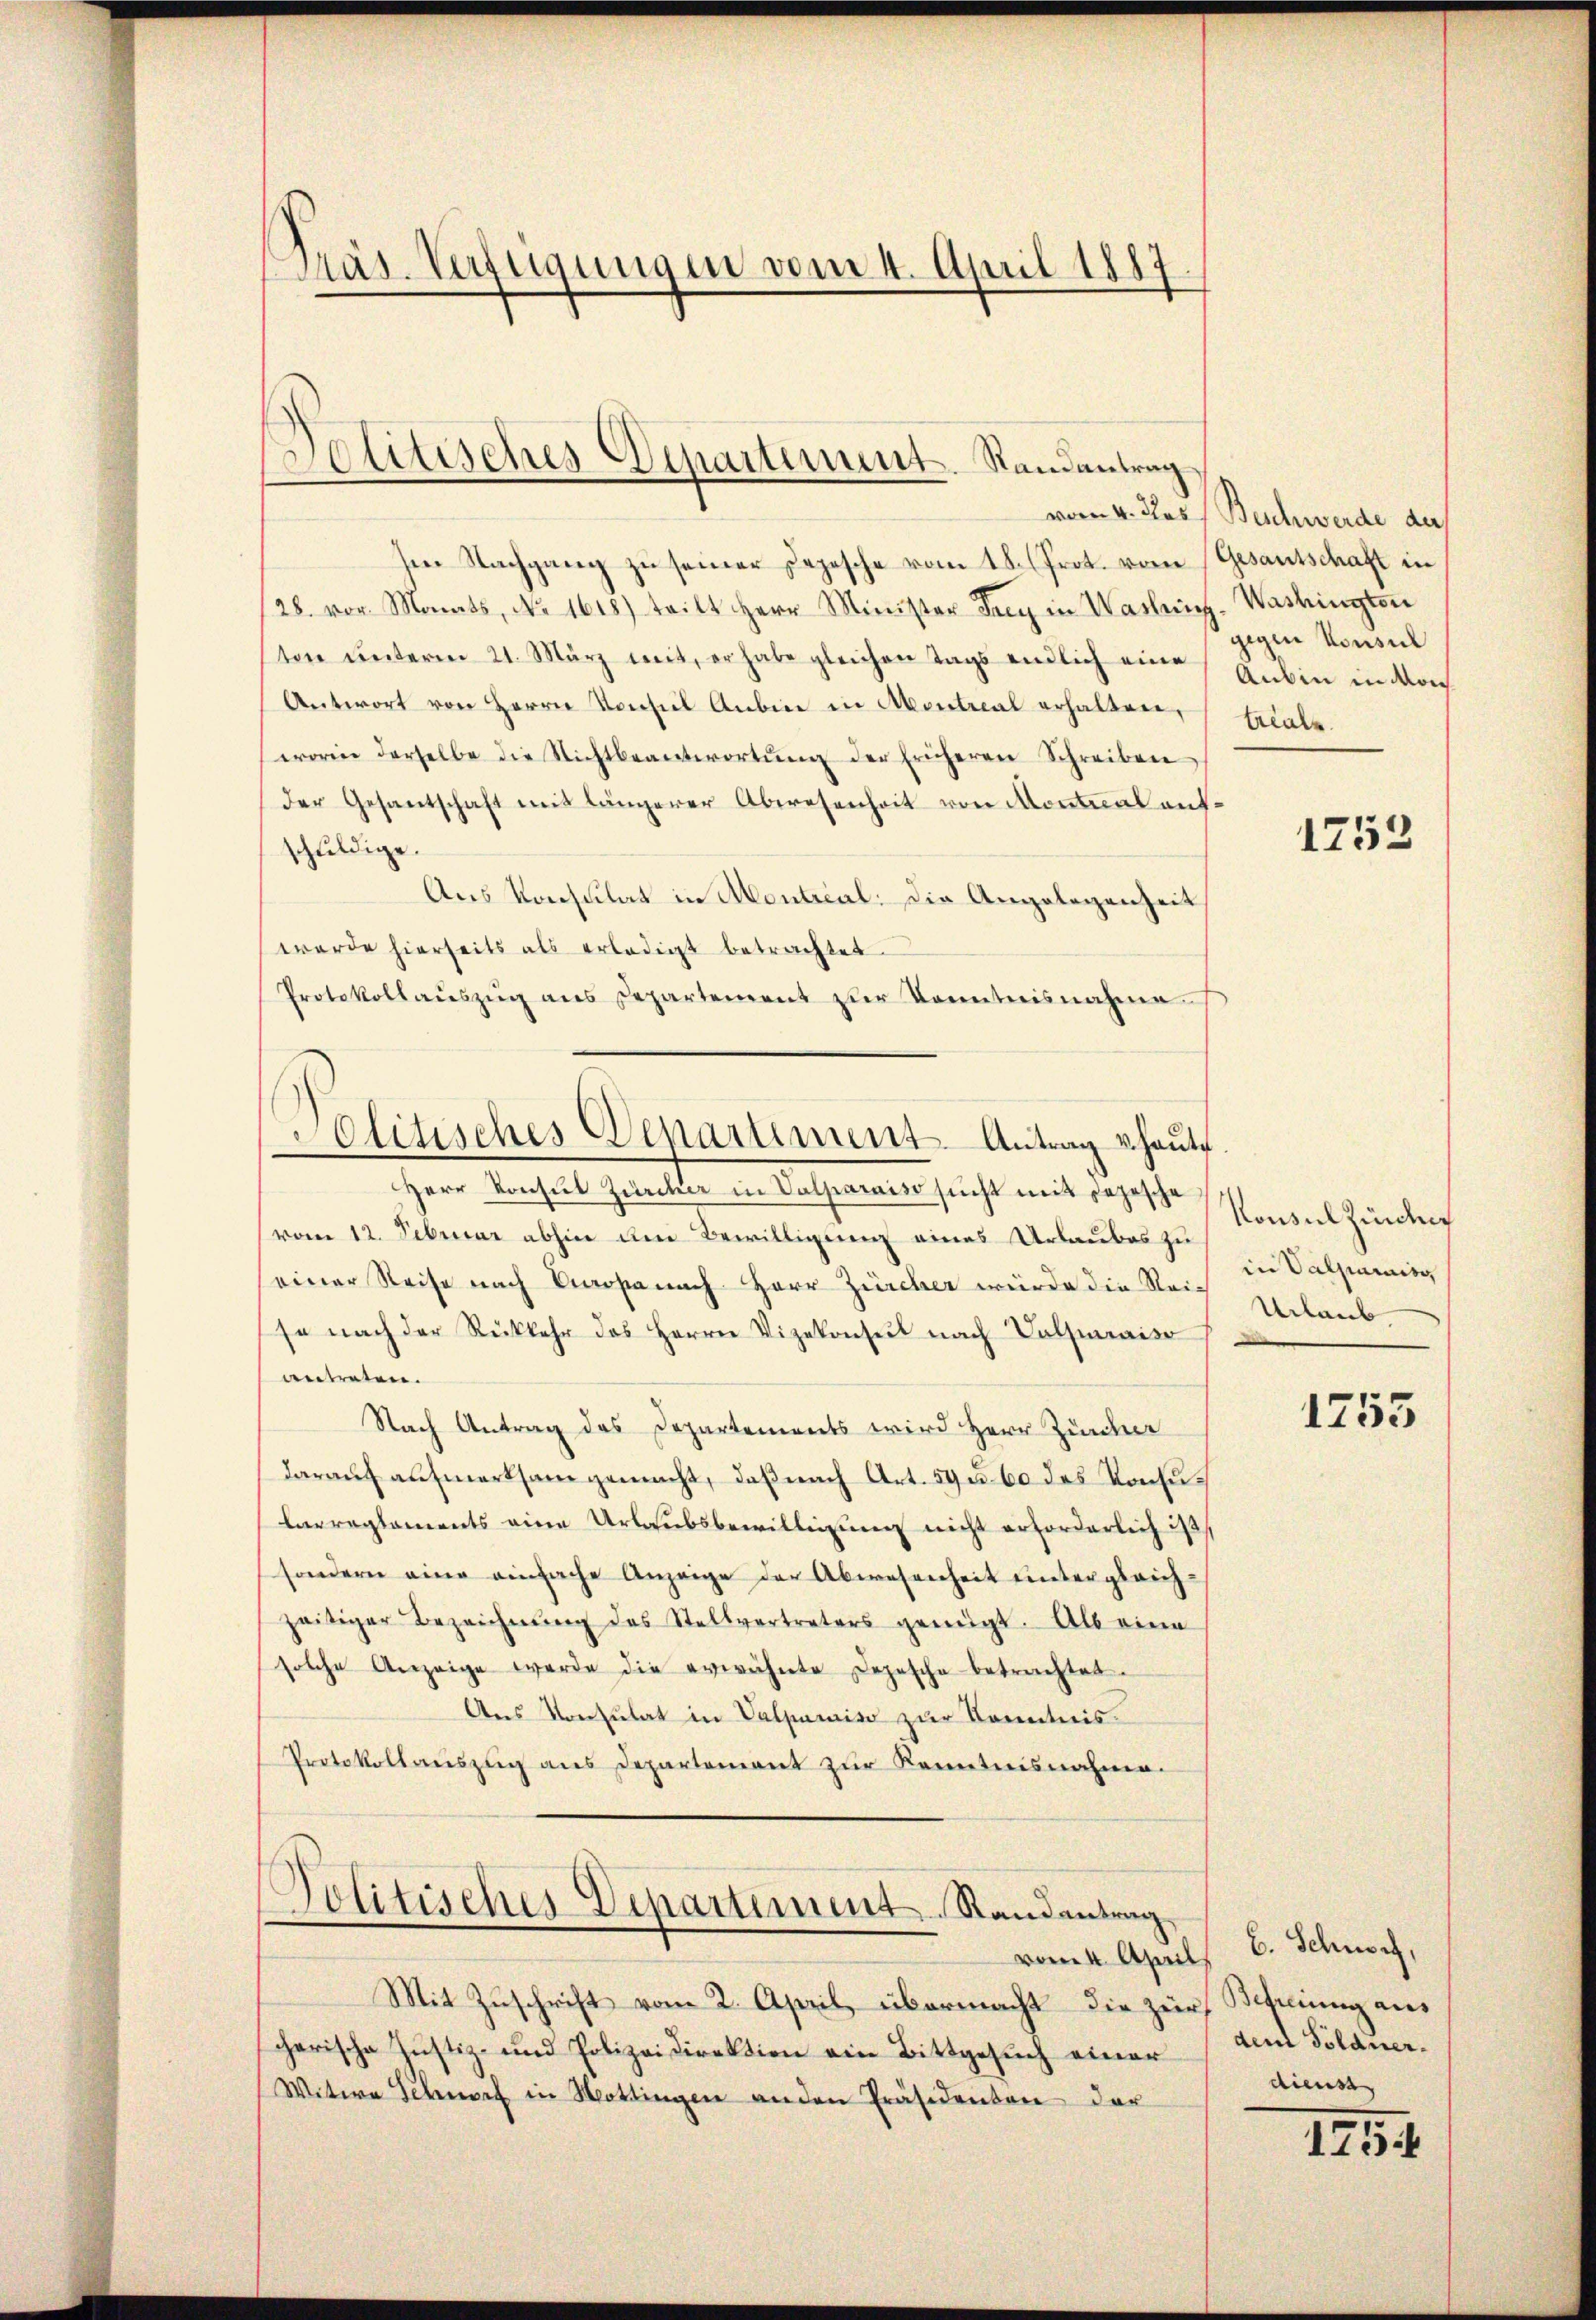
Präs. Verfügungen vom 4. April 1887

Politisches Departement. Randantrag
von 4. dies

sen Nachgang zu seiner Depesche vom 18. (Prot. vom
28. vor. Monats, No 1618) teilt Herr Minister Frey in Washing
ton unterm 21. März mit, er habe gleichen Tags endlich eine
Antwort von Herrn vonseil Anbin in Montreal erhalten,
worin derselbe die Nichtbeantwortŭng der früheren Schreiben
der Gesantschaft mit längerer Abwesenheit von Montal aufschuldige.
Aus Konsulat in Montrial. Die Angelegenheit
wurde hierseits als erledigt betrachtet.
Protokollauszug aus Departement zur Kenntnisnahme
Herr Konsul Zürcher in Valparaiso sucht mit Depesche
vom 12. Februar abhin den Bewilligung eines Urlaubes zu
einer Reise nach Caropa nach Herr Zürcher würde die Reije nach der Rückkehr das Herrn Vizekonseit nach Valmaier
antreten.
Nach Antrag des Departements wird Herr Zürcher
darauf aufmerksam gemacht, daß nach Art. 59 u. 60 des Konsularreglements eine Urlaubsbewilligung nicht erforderlich ist
sondern eine einfache Anzeige der Abwesenheit untergleich-
zeitiger Bezeichnŭng des Stellvertreters genügt. Als eine
solche Anzeige werde die erwähnte Depesche betrachtet.
Aus Konsulat in Valpumise zur Kenntnis¬
Protokollauszug aus Departement zur Kenntnisnahme.
Jolitisches Departement. Randantrag
vom 4. April 6. Schusch,
Mit Zuschrift vom 2. April, übermacht die zur Schnung aus
cherische Justiz- und Polizeidirektion ein Bittgesuch einer
Witwe Schnorf in Mottingen an den Präsidenten der

Olitisches Departement-Antrag uhaŭte.

Buschwerde der
Gesantschaft in
Washingten
gegen Konsul
Aubin in doch
treals

1752

Konsulzinden
in Valpering
Urlaub

1253

den Söldner.
dienst

1754